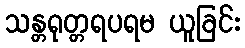
သန္တရုတ္တရပရမ ယူခြင်း